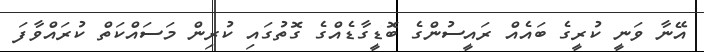
އޭނާ ވަނީ ކުރީގެ ބައެއް ރައީސުންގެ ބޮޑީގާޑެއްގެ ގޮތުގައި ކުރިން މަސައްކަތް ކުރައްވާފަ